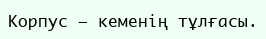
Корпус — кеменің тұлғасы.